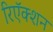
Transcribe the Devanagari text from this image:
रिऍक्शन